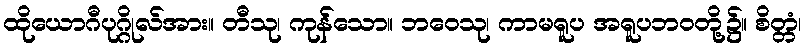
ထိုယောဂီပုဂ္ဂိုလ်အား။ တီသု၊ ကုန်သော။ ဘဝေသု၊ ကာမရူပ အရူပဘဝတို့၌။ စိတ္တံ၊